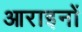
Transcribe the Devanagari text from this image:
आराइनों